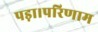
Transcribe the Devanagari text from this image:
पड़ा।परिणाम